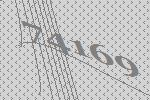
74169